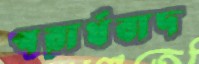
পরার্থবাদ